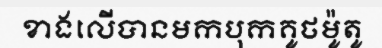
ខាងលើបានមកបុកគូថម៉ូតូ